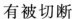
甲有被切断